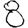
Digit: 8